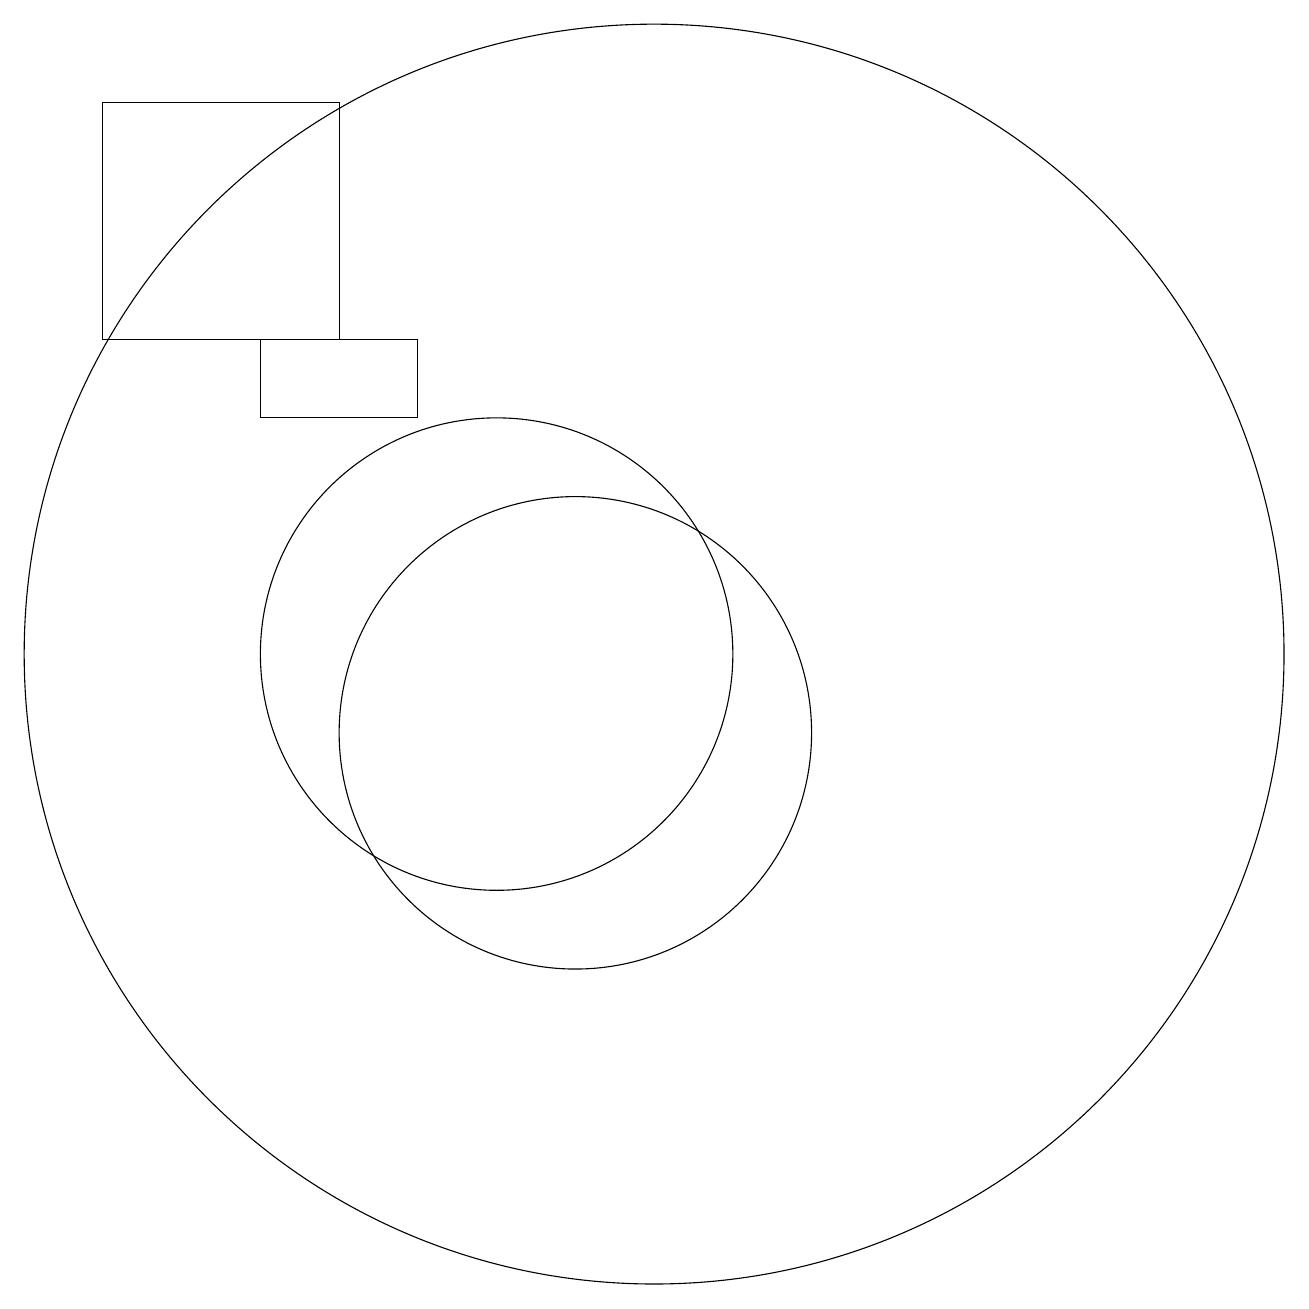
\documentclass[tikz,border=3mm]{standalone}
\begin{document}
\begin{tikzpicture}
\draw (7,14) rectangle (9,15);
\draw (11,10) circle (3);
\draw (5,18) rectangle (8,15);
\draw (12,11) circle (8);
\draw (10,11) circle (3);
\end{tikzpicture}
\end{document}